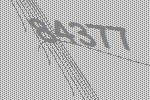
84377